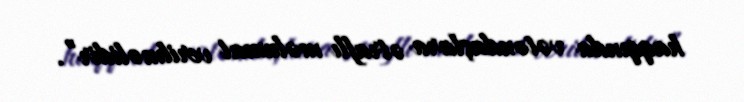
haqqında vətəndaşlara ətraflı məlumat verilməlidir”.